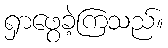
ရှာဖွေခဲ့ကြသည်။